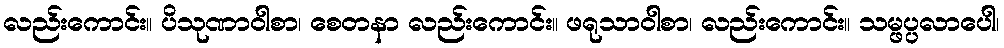
လည်းကောင်း။ ပိသုဏာဝါစာ၊ စေတနာ လည်းကောင်း။ ဖရုသာဝါစာ၊ လည်းကောင်း။ သမ္ဖပ္ပလာပေါ၊